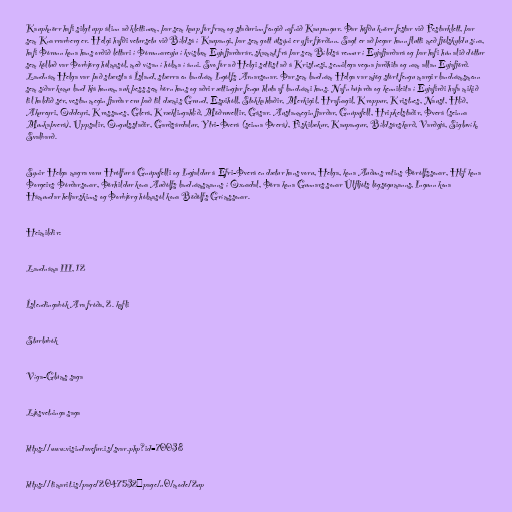
Kaupknörr hafi silgt upp álinn að klettinum, þar sem kaup fór fram og staðurinn fengið nafnið Kaupangur. Þar höfðu knörr festar við Festarklett, þar
sem Knarrarberg er. Helgi hafði vetursetu við Bíldsá í Kaupangi, þar sem gott útsýni er yfir fjörðinn. Sagt er að þegar hann flutti með fjölskyldu sína,
hafi Þórunn kona hans orðið léttari í Þórunnareyju í kvíslum Eyjafjarðarár, skammt frá þar sem Bíldsá rennur í Eyjafjarðará og þar hafi hún alið dóttur
sem kölluð var Þorbjörg hólmasól, með vísan í hólma í ánni. Svo fór að Helgi settist að á Kristnesi, sennilega vegna jarðhita og nam allan Eyjafjörð.
Landnám Helga var það stærsta á Ísland, stærra en landnám Ingólfs Arnarsonar. Þar sem landnám Helga var mjög stórt fengu margir landnámsmenn
sem síðar komu land hjá honum, auk þess sem börn hans og aðrir ættingjar fengu hluta af landnámi hans. Nafn bújarða og kennileita í Eyjafirði hafa mikið
til haldið sér, vestan megin fjarðar eru það til dæmis Grund, Espihóll, Stokkahlaðir, Merkigil, Hrafnagil, Kroppur, Kristnes, Naust, Hlíð,
Akureyri, Oddeyri, Krossanes, Glerá, Kræklingahlíð, Möðruvellir, Gásar. Austanmegin fjarðar, Gnúpufell, Hripkelstaðir, Þverá (seinna
Munkaþverá), Uppsalir, Öngulsstaðir, Garðsárdalur, Ytri-Þverá (seinna Þverá), Fiskilækur, Kaupangur, Bíldsárskarð, Varðgjá, Sigluvík,
Svalbarð.

Synir Helga magra voru Hrólfur á Gnúpufelli og Ingjaldur á Efri-Þverá en dætur hans voru, Helga, kona Auðuns rotins Þórólfssonar, Hlíf kona
Þorgeirs Þórðarsonar, Þórhildur kona Auðólfs landnámsmanns í Öxnadal, Þóra kona Gunnars sonar Úlfljóts lögsögumanns, Ingunn kona
Hámundar heljarskinns og Þorbjörg hólmasól kona Böðólfs Grímssonar.

Heimildir:

Landnáma III, 12

Íslendingabók Ara fróða, 2. kafli

Sturlubók

Víga-Glúms saga

Ljósvetninga saga

https://www.visindavefur.is/svar.php?id=70038

https://timarit.is/page/2047532#page/n0/mode/2up